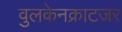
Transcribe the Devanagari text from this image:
वुलकेनक्राटजर